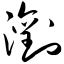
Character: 浏